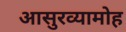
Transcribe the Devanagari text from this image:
आसुरव्यामोह